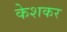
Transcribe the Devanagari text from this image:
केशकर